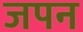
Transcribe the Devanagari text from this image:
जपन